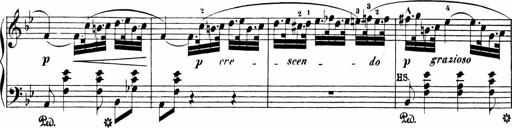
Title: Sonatinen Op.47, 98 und 136, nebst 6 Liedersonatinen
Composer: Carl Reinecke